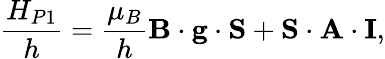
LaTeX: \frac{H_{P1}}{h}=\frac{\mu_{B}}{h}\mathbf{B}\cdot\mathbf{g}\cdot\mathbf{S}+\mathbf{S}\cdot\mathbf{A}\cdot\mathbf{I},